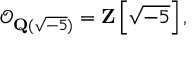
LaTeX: { \mathcal { O } } _ { \mathbf { Q } ( { \sqrt { - 5 } } ) } = \mathbf { Z } \left[ { \sqrt { - 5 } } \right] ,